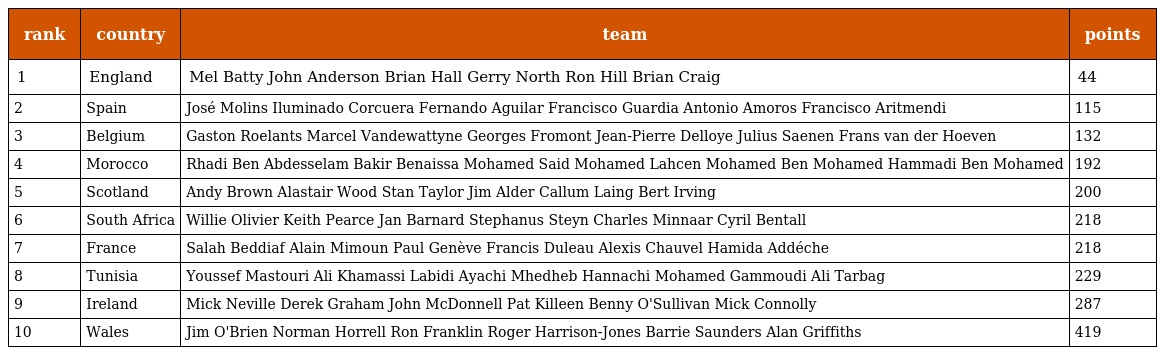
| rank | country | team | points |
 | --- | --- | --- | --- |
 | 1 | England | Mel Batty John Anderson Brian Hall Gerry North Ron Hill Brian Craig | 44 |
 | 2 | Spain | José Molins Iluminado Corcuera Fernando Aguilar Francisco Guardia Antonio Amoros Francisco Aritmendi | 115 |
 | 3 | Belgium | Gaston Roelants Marcel Vandewattyne Georges Fromont Jean-Pierre Delloye Julius Saenen Frans van der Hoeven | 132 |
 | 4 | Morocco | Rhadi Ben Abdesselam Bakir Benaissa Mohamed Said Mohamed Lahcen Mohamed Ben Mohamed Hammadi Ben Mohamed | 192 |
 | 5 | Scotland | Andy Brown Alastair Wood Stan Taylor Jim Alder Callum Laing Bert Irving | 200 |
 | 6 | South Africa | Willie Olivier Keith Pearce Jan Barnard Stephanus Steyn Charles Minnaar Cyril Bentall | 218 |
 | 7 | France | Salah Beddiaf Alain Mimoun Paul Genève Francis Duleau Alexis Chauvel Hamida Addéche | 218 |
 | 8 | Tunisia | Youssef Mastouri Ali Khamassi Labidi Ayachi Mhedheb Hannachi Mohamed Gammoudi Ali Tarbag | 229 |
 | 9 | Ireland | Mick Neville Derek Graham John McDonnell Pat Killeen Benny O'Sullivan Mick Connolly | 287 |
 | 10 | Wales | Jim O'Brien Norman Horrell Ron Franklin Roger Harrison-Jones Barrie Saunders Alan Griffiths | 419 |